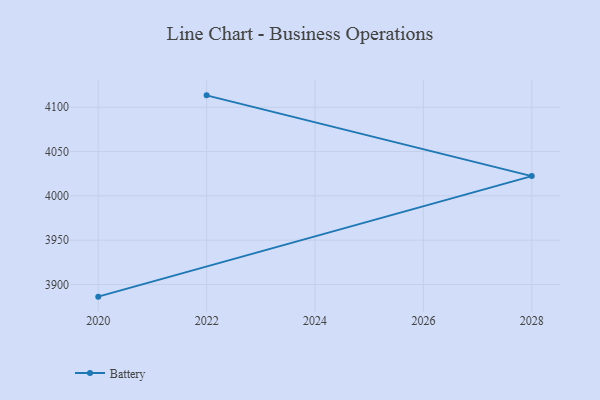
{"axis": {"x": "Year", "y": "LTV (USD)"}, "legend": ["Battery"], "data": [{"x": "2022", "y": 4113.4, "type": "Battery"}, {"x": "2028", "y": 4022.3, "type": "Battery"}, {"x": "2020", "y": 3886.3, "type": "Battery"}]}